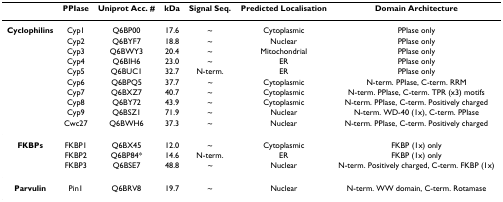
<table><thead><tr><td></td><td><b>PPIase</b></td><td><b>Uniprot Acc. #</b></td><td><b>kDa</b></td><td><b>Signal Seq.</b></td><td><b>Predicted Localisation</b></td><td><b>Domain Architecture</b></td></tr></thead><tbody><tr><td><b>Cyclophilins</b></td><td>Cyp1</td><td>Q6BP00</td><td>17.6</td><td>~</td><td>Cytoplasmic</td><td>PPIase only</td></tr><tr><td></td><td>Cyp2</td><td>Q6BYF7</td><td>18.8</td><td>~</td><td>Nuclear</td><td>PPIase only</td></tr><tr><td></td><td>Cyp3</td><td>Q6BWY3</td><td>20.4</td><td>~</td><td>Mitochondrial</td><td>PPIase only</td></tr><tr><td></td><td>Cyp4</td><td>Q6BIH6</td><td>23.0</td><td>~</td><td>ER</td><td>PPIase only</td></tr><tr><td></td><td>Cyp5</td><td>Q6BUC1</td><td>32.7</td><td>N-term.</td><td>ER</td><td>PPIase only</td></tr><tr><td></td><td>Cyp6</td><td>Q6BPQ5</td><td>37.7</td><td>~</td><td>Cytoplasmic</td><td>N-term. PPIase, C-term. RRM</td></tr><tr><td></td><td>Cyp7</td><td>Q6BXZ7</td><td>40.7</td><td>~</td><td>Cytoplasmic</td><td>N-term. PPIase, C-term. TPR (x3) motifs</td></tr><tr><td></td><td>Cyp8</td><td>Q6BY72</td><td>43.9</td><td>~</td><td>Cytoplasmic</td><td>N-term. PPIase, C-term. Positively charged</td></tr><tr><td></td><td>Cyp9</td><td>Q6BSZ1</td><td>71.9</td><td>~</td><td>Nuclear</td><td>N-term. WD-40 (1x), C-term. PPIase</td></tr><tr><td></td><td>Cwc27</td><td>Q6BWH6</td><td>37.3</td><td>~</td><td>Nuclear</td><td>N-term. PPIase, C-term. Positively charged</td></tr><tr><td><b>FKBPs</b></td><td>FKBP1</td><td>Q6BX45</td><td>12.0</td><td>~</td><td>Cytoplasmic</td><td>FKBP (1x) only</td></tr><tr><td></td><td>FKBP2</td><td>Q6BP84*</td><td>14.6</td><td>N-term.</td><td>ER</td><td>FKBP (1x) only</td></tr><tr><td></td><td>FKBP3</td><td>Q6BSE7</td><td>48.8</td><td>~</td><td>Nuclear</td><td>N-term. Positively charged, C-term. FKBP (1x)</td></tr><tr><td><b>Parvulin</b></td><td>Pin1</td><td>Q6BRV8</td><td>19.7</td><td>~</td><td>Nuclear</td><td>N-term. WW domain, C-term. Rotamase</td></tr></tbody></table>